Annual report of the Imperial Bacteriological Laboratory, Muktesar
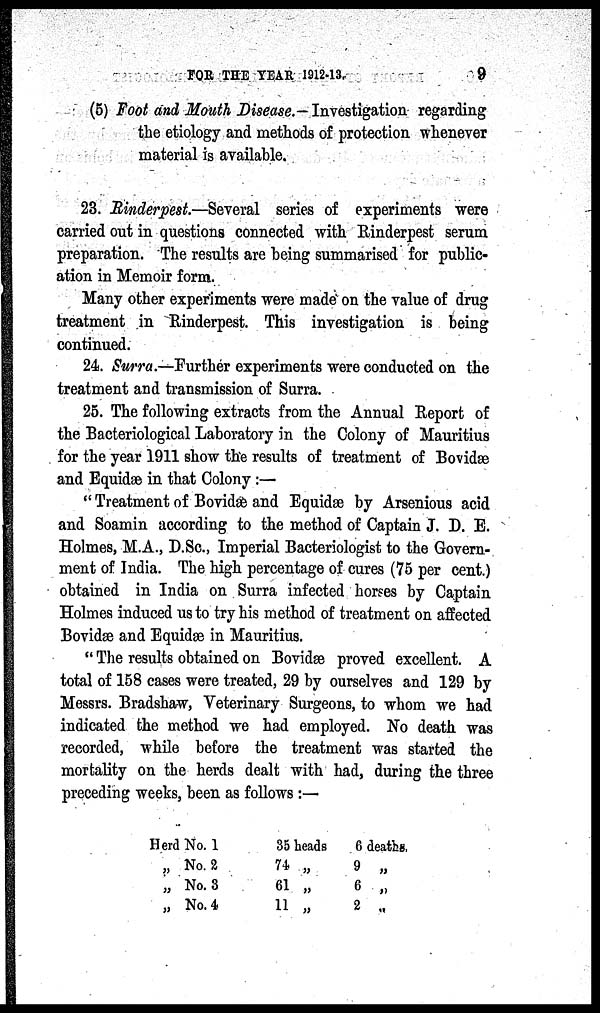
FOR THE YEAR 1912-13.
9
(5) Foot and Mouth Disease.— Investigation regarding
the etiology and methods of protection whenever
material is available.
23. Rinderpest.—Several series of experiments were
carried out in questions connected with Rinderpest serum
preparation. The results are being summarised for public-
ation in Memoir form.
Many other experiments were made on the value of drug
treatment in Rinderpest. This investigation is being
continued.
24. Surra.—Further experiments were conducted on the
treatment and transmission of Surra.
25. The following extracts from the Annual Report of
the Bacteriological Laboratory in the Colony of Mauritius
for the year 1911 show the results of treatment of Bovidæ
and Equidæ in that Colony :—
"Treatment of Bovidæ and Equidæ by Arsenious acid
and Soamin according to the method of Captain J. D. E.
Holmes, M.A., D.Sc., Imperial Bacteriologist to the Govern-
ment of India. The high percentage of cures (75 per cent.)
obtained in India on Surra infected horses by Captain
Holmes induced us to try his method of treatment on affected
Bovidæ and Equidæ in Mauritius.
"The results obtained on Bovidæ proved excellent. A
total of 158 cases were treated, 29 by ourselves and 129 by
Messrs. Bradshaw, Veterinary Surgeons, to whom we had
indicated the method we had employed. No death was
recorded, while before the treatment was started the
mortality on the herds dealt with had, during the three
preceding weeks, been as follows :—
Herd No. 1
„ No. 2
„ No. 3
„ No. 4
35 heads
74 „
61 „
11 „
6 deaths,
9 „
6 „
2 „